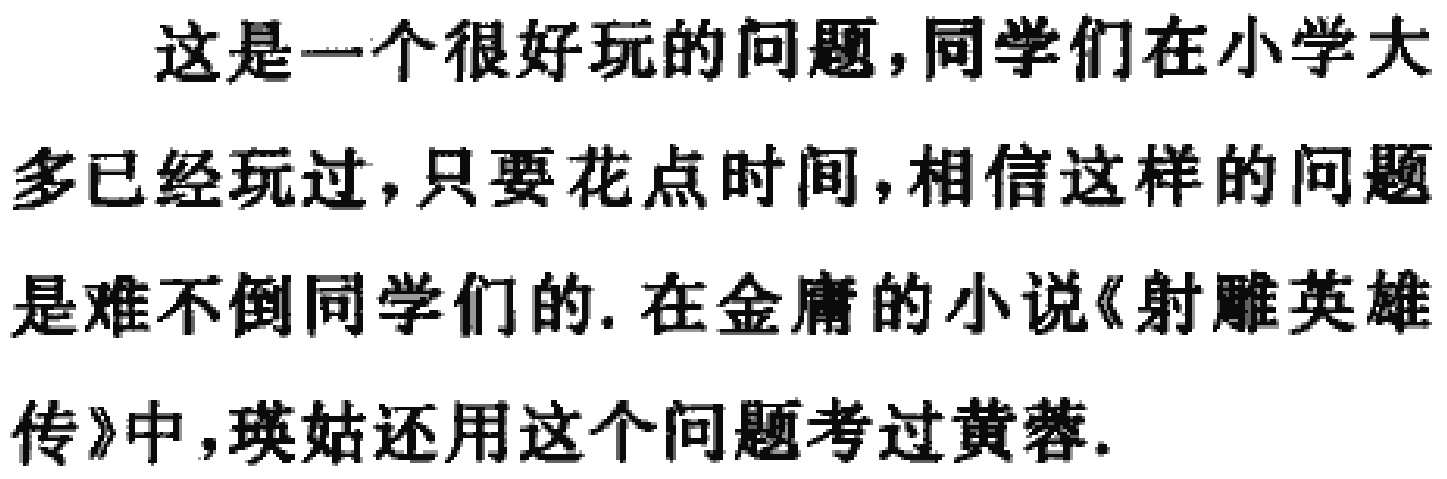
这是一个很好玩的问题,同学们在小学大多已经玩过,只要花点时间,相信这样的问题是难不倒同学们的. 在金庸的小说《射雕英雄传》中,瑛姑还用这个问题考过黄蓉.